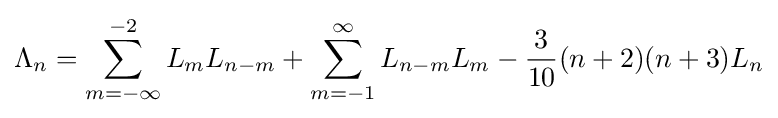
\Lambda _{n}=\sum _{m=-\infty }^{-2}L_{m}L_{n-m}+\sum _{m=-1}^{\infty }L_{n-m}L_{m}-{\frac {3}{10}}(n+2)(n+3)L_{n}